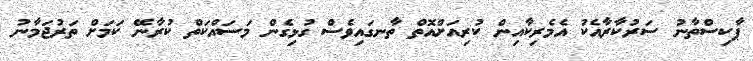
ޕާކިސްތާނު ސަރުކާރާއެކު އެމެރިކާއިން ކުރިއަށްއޮތް ތާނގައިވެސް ގުޅިގެން މަސައްކަތް ކުރާނޭ ކަމަށް ތަރުޖަމާނު